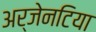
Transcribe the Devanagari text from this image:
अर्जेनटिया